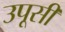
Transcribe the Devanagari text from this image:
उपूसी